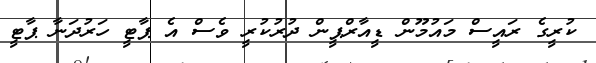
ކުރީގެ ރައީސް މައުމޫން ޑީއާރްޕީން ދުރުކުރީ ވެސް އެ ޕާޓީ ހަރުދަނާ ޕާޓީ